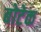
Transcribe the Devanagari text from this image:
बोटेक